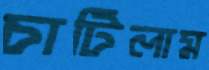
চাটিলাম